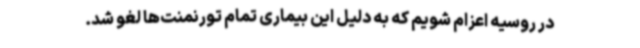
در روسیه اعزام شویم که به دلیل این بیماری تمام تورنمنت‌ها لغو شد.